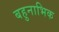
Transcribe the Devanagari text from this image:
बहुनाभिक